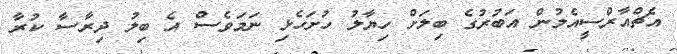
އެޗްއާރްސީއެމުން އަބުރުގެ ބިލަށް ހިޔާލު ހުށަހެޅި ނަމަވެސް އެ ބިލު ދިރާސާ ކުރާ